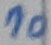
Text: 10